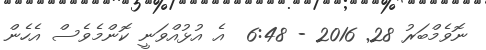
ނޮވެމްބަރު 28